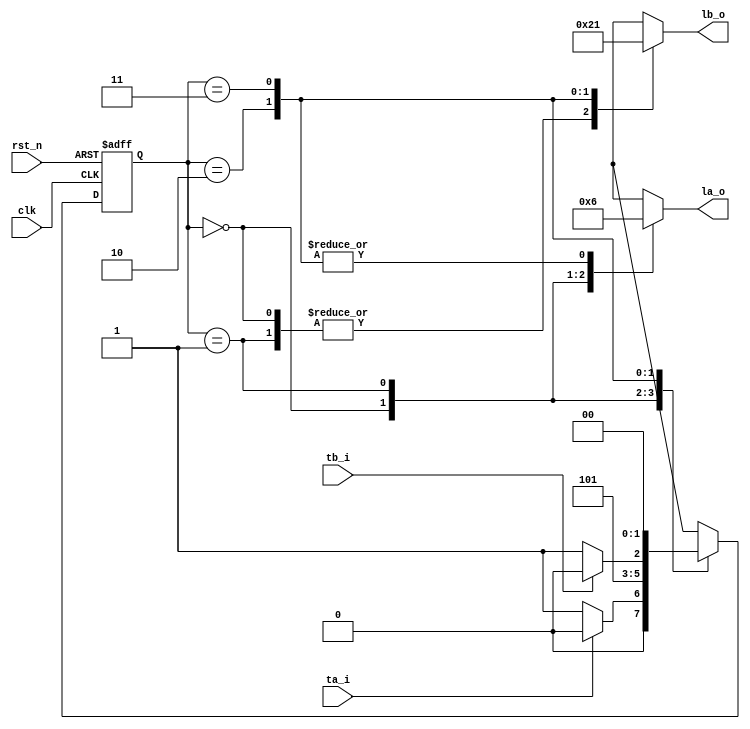
`timescale 1ns / 1ps
//////////////////////////////////////////////////////////////////////////////////
// Company: 
// Engineer: 
// 
// Design Name: 
// Module Name: fsm_ornek4
// Project Name: 
// Target Devices: 
// Tool Versions: 
// Description: 
// 
// Dependencies: 
// 
// Revision:
// Revision 0.01 - File Created
// Additional Comments:
// 
//////////////////////////////////////////////////////////////////////////////////


module fsm_ornek4
(
input clk,
input rst_n,
input ta_i,
input tb_i,
output [1:0] la_o,
output [1:0] lb_o
);

localparam S0  = 2'b00;
localparam S1  = 2'b01;
localparam S2  = 2'b10;
localparam S3  = 2'b11;

localparam green    = 2'b00;
localparam yellow   = 2'b01;
localparam red      = 2'b10;

reg [1:0] la,lb;
reg [1:0] state;

always @(posedge clk, negedge rst_n) begin
    if (rst_n == 1'b0) begin
        state <= S0;
    end
    else begin
        case (state)
            S0 : begin
                if (ta_i == 1'b1) begin
                    state <= S0;
                end
                else begin
                    state <= S1;
                end
            end 
            S1 : begin
                state <= S2;             
            end
            S2 : begin
                if (tb_i == 1'b0) begin
                    state <= S3;
                end
                else begin
                    state <= S2;
                end
            end
            S3 : begin
                state <= S0; 
            end                         
            default: begin
                state <= S0;
            end
        endcase
    end
end

always@(*) begin
    case (state)
        S0 : begin
            la = green;
            lb = red;
        end 
        S1 : begin
            la = yellow;
            lb = red;
        end
        S2 : begin
            la = red;
            lb = green;
        end
        S3 : begin
            la = red;
            lb = yellow;
        end             
        default: begin
            la = green;
            lb = red;
        end
    endcase
end

assign la_o = la;
assign lb_o = lb;

endmodule